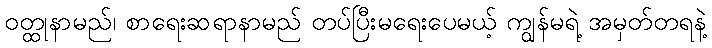
ဝတ္ထုနာမည်၊ စာရေးဆရာနာမည် တပ်ပြီးမရေးပေမယ့် ကျွန်မရဲ့ အမှတ်တရနဲ့